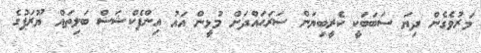
މަރުވެގެން ދިޔަ ސަބަބަކީ ކެރީބިޔަން ސަރަޙައްދަށް މުޅީން އައު އިންފެކްޝަސް ބަލިތައް ޔޫރަޕުގެ